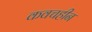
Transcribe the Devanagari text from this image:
कवचहीन